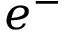
e ^ { - }